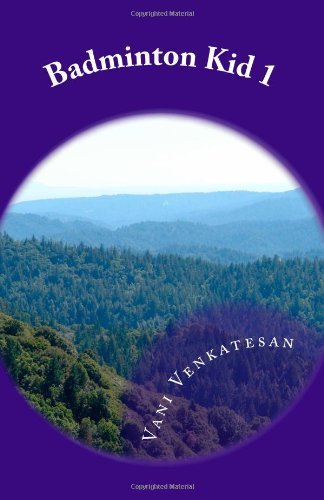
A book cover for Badminton Kid 1: Badminton, Running and Table Tennis (Ping Pong) (Volume 1); Vani Venkatesan; Sports & Outdoors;